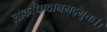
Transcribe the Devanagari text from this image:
लोकधिष्ठानमद्भुतः।।